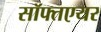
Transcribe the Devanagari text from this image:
सॉफ्तएयर